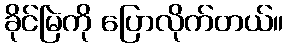
ခိုင်မြဲကို ပြောလိုက်တယ်။